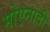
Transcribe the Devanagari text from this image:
मोएनादी